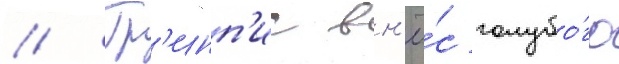
// Гр'инп'ис вн'ё́с голубо́го